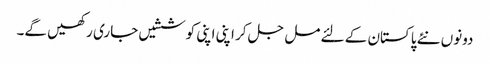
دونوں نئے پاکستان کے لئے مل جل کر اپنی اپنی کوششیں جاری رکھیں گے۔